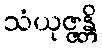
သံယုဇ္ဇန္တိ